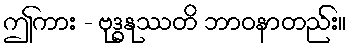
ဤကား - ဗုဒ္ဓနုဿတိ ဘာဝနာတည်း။